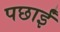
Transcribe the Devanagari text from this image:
पछाईं